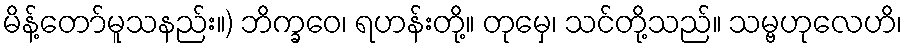
မိန့်တော်မူသနည်း။) ဘိက္ခဝေ၊ ရဟန်းတို့။ တုမှေ၊ သင်တို့သည်။ သမ္ဗဟုလေဟိ၊